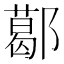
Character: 𨞛